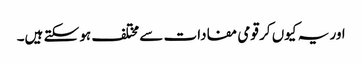
اور یہ کیوں کر قومی مفادات سے مختلف ہو سکتے ہیں۔